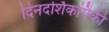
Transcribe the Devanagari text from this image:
दिनदर्शिकांपैकी